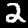
Digit: 2